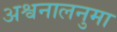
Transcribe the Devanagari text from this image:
अश्वनालनुमा